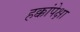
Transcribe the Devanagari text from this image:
हक्कांपेक्षा